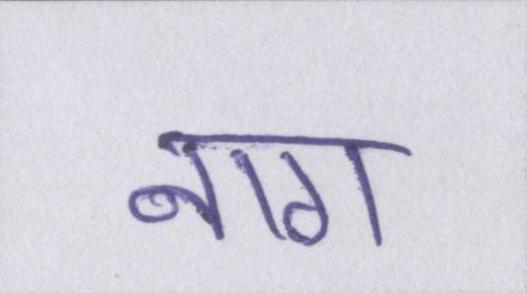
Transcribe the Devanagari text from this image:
नाग